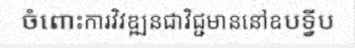
ចំពោះការវិវឌ្ឍនជាវិជ្ជមាននៅឧបទ្វីប